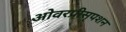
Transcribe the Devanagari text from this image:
ओवरप्रीसृपशन